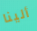
ألينا